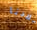
بلادنا